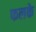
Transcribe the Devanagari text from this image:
फलके